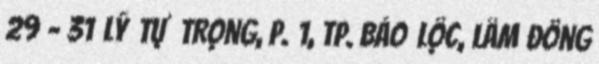
29 - 31 Lý Tự Trọng, P. 1, Tp. Bảo Lộc, Lâm Đồng